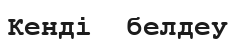
Кенді  белдеу